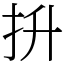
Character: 抍